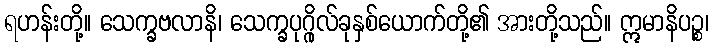
ရဟန်းတို့။ သေက္ခဗလာနိ၊ သေက္ခပုဂ္ဂိုလ်ခုနှစ်ယောက်တို့၏ အားတို့သည်။ ဣမာနိပဉ္စ၊